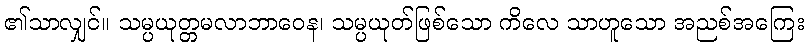
၏သာလျှင်။ သမ္ပယုတ္တမလာဘာဝေန၊ သမ္ပယုတ်ဖြစ်သော ကိလေ သာဟူသော အညစ်အကြေး